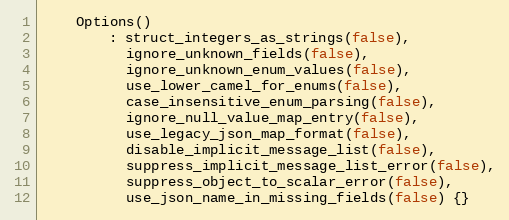
Language: C
    Options()
        : struct_integers_as_strings(false),
          ignore_unknown_fields(false),
          ignore_unknown_enum_values(false),
          use_lower_camel_for_enums(false),
          case_insensitive_enum_parsing(false),
          ignore_null_value_map_entry(false),
          use_legacy_json_map_format(false),
          disable_implicit_message_list(false),
          suppress_implicit_message_list_error(false),
          suppress_object_to_scalar_error(false),
          use_json_name_in_missing_fields(false) {}